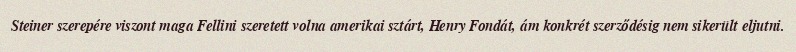
Steiner szerepére viszont maga Fellini szeretett volna amerikai sztárt, Henry Fondát, ám konkrét szerződésig nem sikerült eljutni.